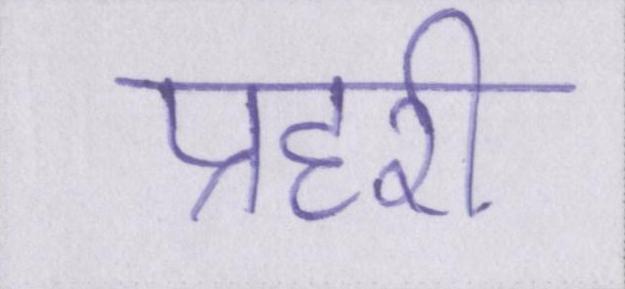
प्रहरी